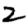
Digit: 2